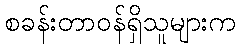
စခန်းတာဝန်ရှိသူများက